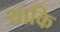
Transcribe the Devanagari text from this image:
याकि